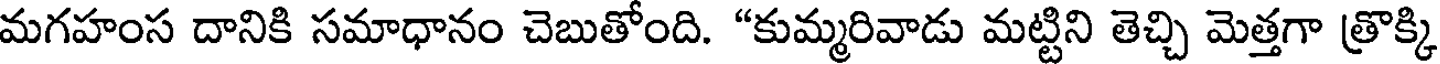
మగహంస దానికి సమాధానం చెబుతోంది. "కుమ్మరివాడు మట్టిని తెచ్చి మెత్తగా త్రొక్కి